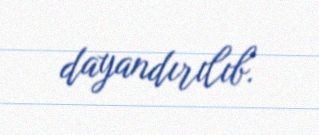
dayandırılıb.